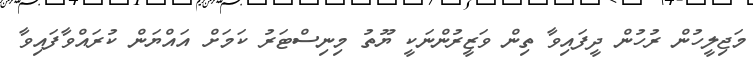
މަޖިލީހުން ރުހުން ދީފައިވާ ތިން ވަޒީރުންނަކީ ޔޫތު މިނިސްޓަރު ކަމަށް އައްޔަން ކުރައްވާފައިވާ